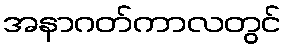
အနာဂတ်ကာလတွင်